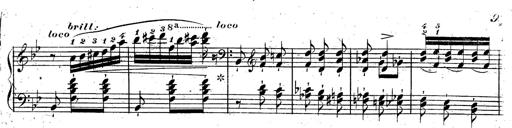
Title: Rondeau fantastique sur un thÃ¨me espagnol
Composer: Franz Liszt